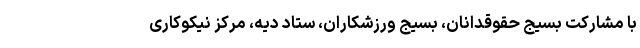
با مشارکت بسیج حقوقدانان، بسیج ورزشکاران، ستاد دیه، مرکز نیکوکاری